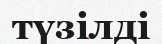
түзілді